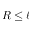
R \le \ell